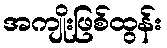
အကျိုးဖြစ်ထွန်း